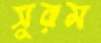
সুরম